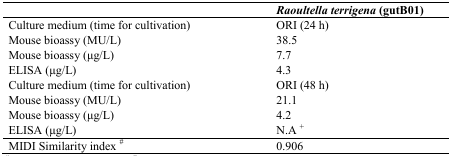
<table><thead><tr><td></td><td><b><i>Raoultella terrigena</i> (gutB01)</b></td></tr></thead><tbody><tr><td>Culture medium (time for cultivation)</td><td>ORI (24 h)</td></tr><tr><td>Mouse bioassy (MU/L)</td><td>38.5</td></tr><tr><td>Mouse bioassy (μg/L)</td><td>7.7</td></tr><tr><td>ELISA (μg/L)</td><td>4.3</td></tr><tr><td>Culture medium (time for cultivation)</td><td>ORI (48 h)</td></tr><tr><td>Mouse bioassy (MU/L)</td><td>21.1</td></tr><tr><td>Mouse bioassy (μg/L)</td><td>4.2</td></tr><tr><td>ELISA (μg/L)</td><td>N.A +</td></tr><tr><td>MIDI Similarity index #</td><td>0.906</td></tr></tbody></table>